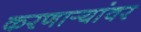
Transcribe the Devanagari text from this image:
करणार्‍यांवर